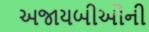
અજાયબીઓની